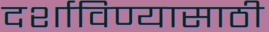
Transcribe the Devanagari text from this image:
दर्शाविण्यासाठी